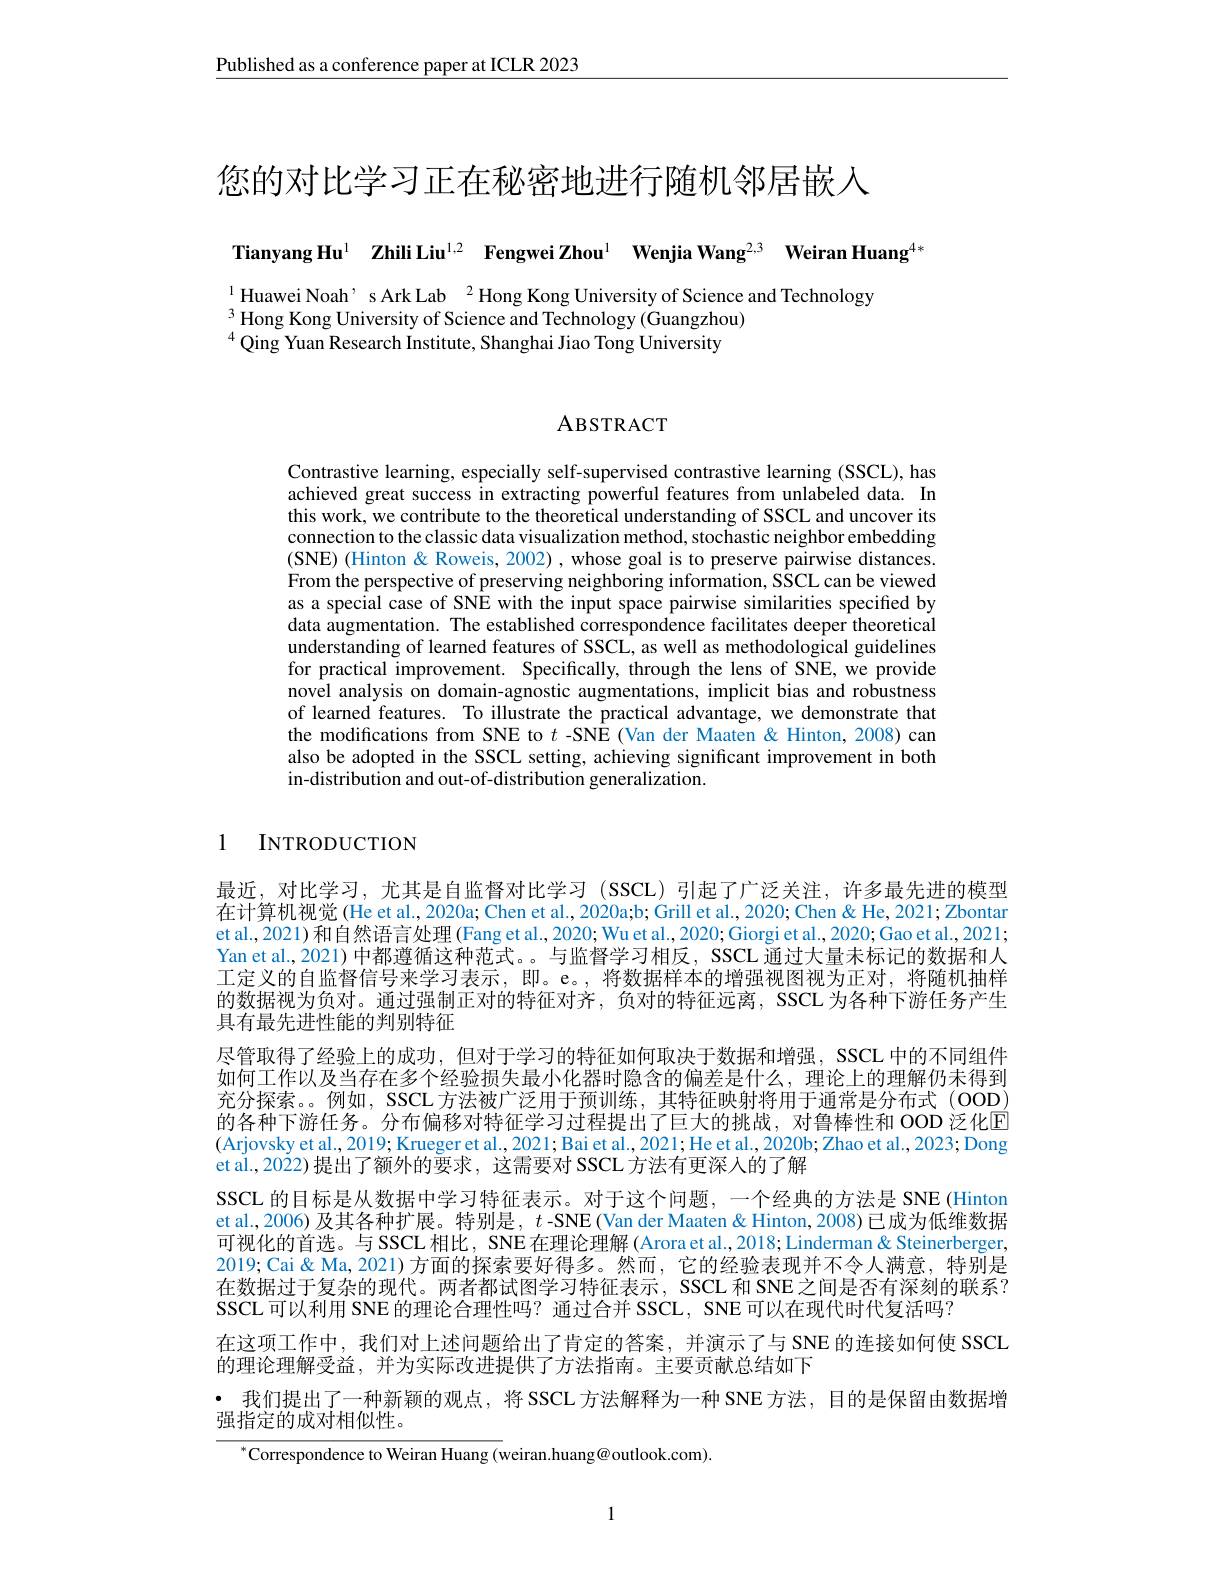
Published as a conference paper at ICLR 2023

您的对比学习正在秘密地进行随机邻居嵌入

Tianyang Hu$^{1}$ Zhili Liu$^{1,2}$ Fengwei Zhou$^{1}$ Wenjia Wang$^{2,3}$ Weiran Huang$^{4,1}$

$^{1}$Huawei Noah’ s Ark Lab$^{2}$Hong Kong University of Science and Technology
$^{3}$ Hong Kong University of Science and Technology (Guangzhou)
$^{4}$Qing Yuan Research Institute, Shanghai Jiao Tong University

## ABSTRACT

Contrastive learning, especially self-supervised contrastive learning (SSCL), has achieved great success in extracting powerful features from unlabeled data. In this work, we contribute to the theoretical understanding of SSCL and uncover its connection to the classic data visualization method, stochastic neighbor embedding (SNE) (Hinton & Roweis, 2002) , whose goal is to preserve pairwise distances. From the perspective of preserving neighboring information, SSCL can be viewed as a special case of SNE with the input space pairwise similarities specified by data augmentation. The established correspondence facilitates deeper theoretical understanding of learned features of SSCL, as well as methodological guidelines for practical improvement. Specifically, through the lens of SNE,we provide novel analysis on domain-agnostic augmentations, implicit bias and robustness of learned features. To illustrate the practical advantage, we demonstrate that the modifications from SNE to $t$ -SNE (Van der Maaten & Hinton, 2008) can also be adopted in the SSCL setting, achieving significant improvement in both $\hat{\text{in-distribution and out-of-distribution generalization.}}$

## 1 INTRODUCTION

最近，对比学习，尤其是自监督对比学习(SSCL)引起了广泛关注，许多最先进的模型在计算机视觉(He et al., 2020a; Chen et al., 2020a;b; Grill et al., 2020; Chen & He, 2021; Zbontar et al., 2021)和自然语言处理(Fang et al., 2020; Wu et al., 2020; Giorgi et al., 2020; Gao et al., 2021; Yan et al., 2021) 中都遵循这种范式。。与监督学习相反，SSCL 通过大量未标记的数据和人工定义的自监督信号来学习表示，即。e。,将数据样本的增强视图视为正对，将随机抽样的数据视为负对。通过强制正对的特征对齐，负对的特征远离，SSCL 为各种下游任务产生具有最先进性能的判别特征
尽管取得了经验上的成功，但对于学习的特征如何取决于数据和增强，SSCL 中的不同组件如何工作以及当存在多个经验损失最小化器时隐含的偏差是什么，理论上的理解仍未得到充分探索。。例如，SSCL 方法被广泛用于预训练，其特征映射将用于通常是分布式 (OOD) 的各种下游任务。分布偏移对特征学习过程提出了巨大的挑战，对鲁棒性和 OOD 泛化回(Arjovsky et al.,2019; Krueger et al., 2021; Bai et al., 2021; He et al., 2020b; Zhao et al., 2023; Dong et al.,2022)提出了额外的要求，这需要对 SSCL 方法有更深人的了解
SSCL 的目标是从数据中学习特征表示。对于这个问题，一个经典的方法是 SNE (Hinton et al., 2006) 及其各种扩展。特别是，$t$ -SNE (Van der Maaten& Hinton, 2008) 已成为低维数据可视化的首选。与 SSCL 相比，SNE 在理论理解 (Arora et al.,2018; Linderman & Steinerberger, 2019; Cai& Ma, 2021)方面的探索要好得多。然而，它的经验表现并不令人满意，特别是在数据过于复杂的现代。两者都试图学习特征表示，SSCL 和 SNE之间是否有深刻的联系？ SSCL可以利用 SNE 的理论合理性吗？通过合并 SSCL, SNE 可以在现代时代复活吗？
在这项工作中，我们对上述问题给出了肯定的答案，并演示了与 SNE 的连接如何使 SSCL
的理论理解受益，并为实际改进提供了方法指南。主要贡献总结如下
· 我们提出了一种新颖的观点，将 SSCL 方法解释为一种 SNE 方法，目的是保留由数据增
强指定的成对相似性。

$^{*}$Correspondence to Weiran Huang (weiran.huang@outlook.com).

1